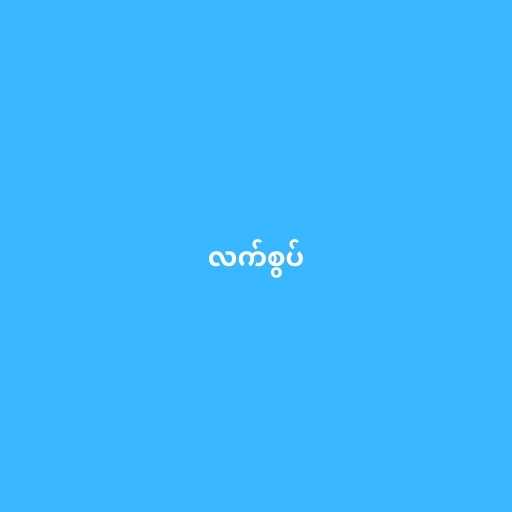
လက်စွပ်